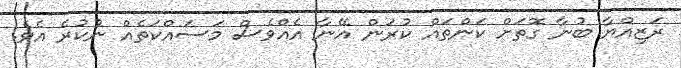
ރަޒިއްޔާ ބުނާ ގޮތަށް ކަންތައް ކުރަން އޭނާ އެއްވެސް މަސައްކަތެއް ނުކުރެ އެވެ.